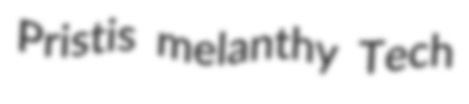
Pristis melanthy Tech